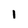
Character: 1